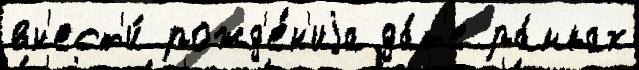
вн'ест'и́ рожд'е́н'иjа да́т'е ра́мках